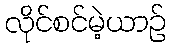
လိုင်စင်မဲ့ယာဉ်